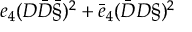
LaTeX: e _ { 4 } ( D \bar { D } \bar { \S } ) ^ { 2 } + \bar { e } _ { 4 } ( \bar { D } D \S ) ^ { 2 }